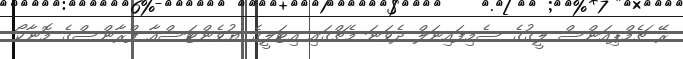
ރޭ ޗެމްޕިއަންސް ލީގުގެ ސެމިފައިނަލް ދެވަނަ މެޗްގައި އިޓަލީގެ ޔުވެންޓަސްއާ ފްރާންސްގެ މޮނާކޯ